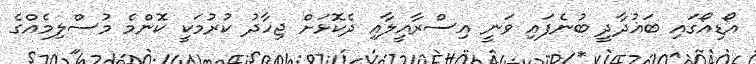
އޯޑިއޯގައި ބަޣުދާދީ ބުނެފައި ވަނީ އިސްރާއީލާއި ދެކޮޅަށް ޖިހާދު ކުރުމަކީ ކޮންމެ މުސްލިމެއްގެ